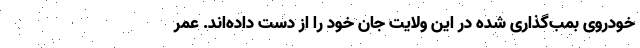
خودروی بمب‌گذاری شده در این ولایت جان خود را از دست داده‌اند. عمر